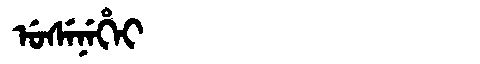
Manchu: ᡠᠰᡝᠨᡝᡥᡝᡳ
Romanization: USENEHEI